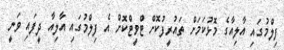
ފިލްމުގައި އާލިއާގެ މޮޅުކަމަށް ތައުރީފުކޮށް ޓްވީޓްކޮށް އެ ފިލްމުގައި އާލިއާ ދީފައި ވަނީ